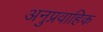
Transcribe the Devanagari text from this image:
अनुप्रवाहिक